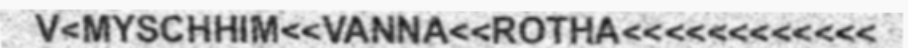
V<MYSCHHIM<<VANNA<<ROTHA<<<<<<<<<<<<